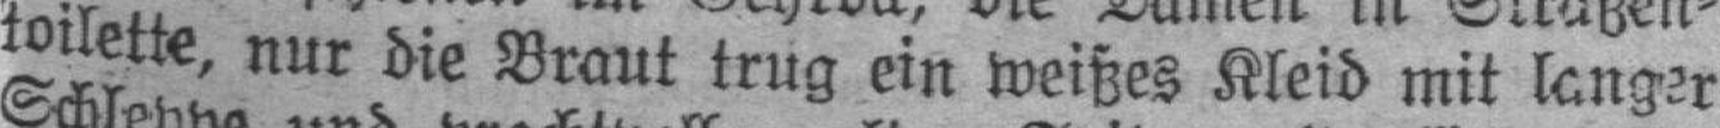
toilette, nur die Braut trug ein weißes Kleid mit langer